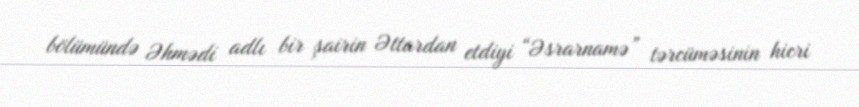
bölümündə Əhmədi adlı bir şairin Əttardan etdiyi “Əsrarnamə” tərcüməsinin hicri